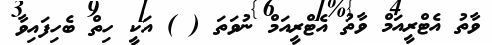
ވާތު އެޓްރީއަމް ވާތު އެޓްރީއަމް ނުވަތަ ( ) އަކީ ހިތް ބެހިފައިވާ